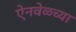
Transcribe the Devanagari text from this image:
ऐनवेळच्या